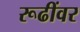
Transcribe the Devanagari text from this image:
रूढींवर